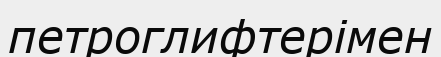
петроглифтерімен